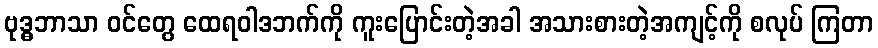
ဗုဒ္ဓဘာသာ ဝင်တွေ ထေရဝါဒဘက်ကို ကူးပြောင်းတဲ့အခါ အသားစားတဲ့အကျင့်ကို စလုပ် ကြတာ